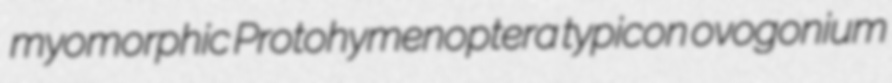
myomorphic Protohymenoptera typicon ovogonium